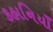
કહાનિયાઁ